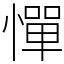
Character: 憚